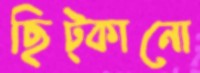
ছিট্‌কানো